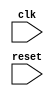
module cache_memory(
    input wire clk,
    input wire reset,
    // Add input/output ports for cache memory
);

// Define your cache memory parameters such as cache lines, block size, etc.
// Define your cache memory data structures (tags, valid bits, dirty bits, data)

// Define your cache controller module
// Implement fetch and store operations
// Implement cache management functions such as LRU replacement policy

// Implement logic for handling cache hits and misses
// Implement logic for managing data flow between cache memory and main memory

endmodule